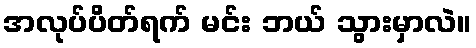
အလုပ်ပိတ်ရက် မင်း ဘယ် သွားမှာလဲ။